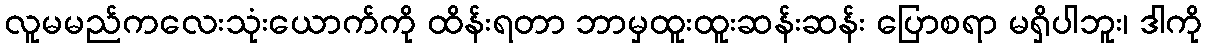
လူမမည်ကလေးသုံးယောက်ကို ထိန်းရတာ ဘာမှထူးထူးဆန်းဆန်း ပြောစရာ မရှိပါဘူး၊ ဒါကို